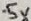
Text: -5V